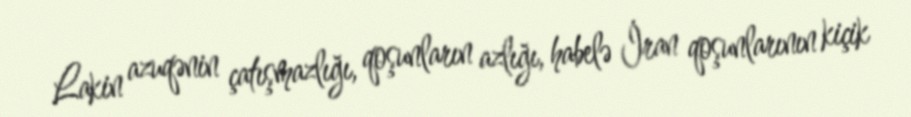
Lakin azuqənin çatışmazlığı, qoşunların azlığı, habelə İran qoşunlarının kiçik